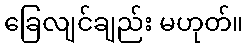
ခြေလျင်ချည်း မဟုတ်။